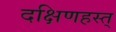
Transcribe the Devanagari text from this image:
दक्षिणहस्त्